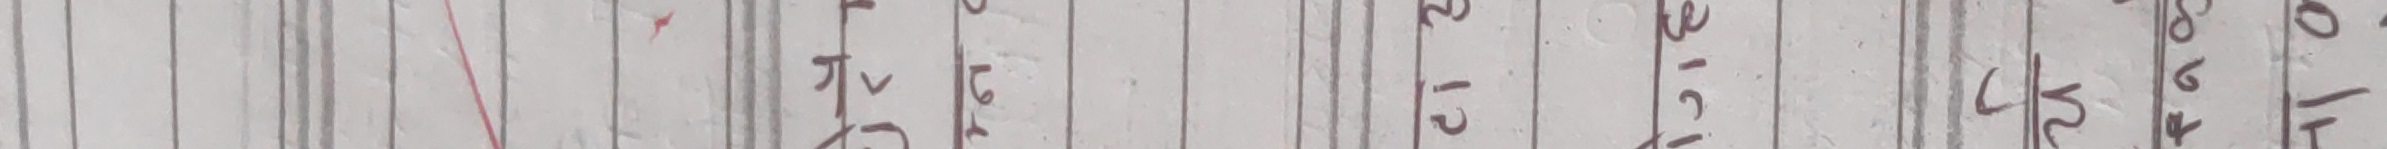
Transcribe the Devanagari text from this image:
१७-१९-२०